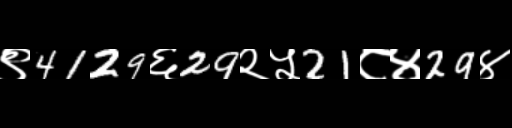
Text: ९4129६29२५21८४29४